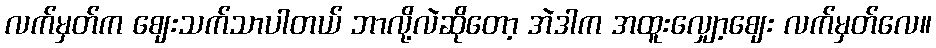
လက်မှတ်က ဈေးသက်သာပါတယ် ဘာလို့လဲဆိုတော့ အဲဒါက အထူးလျှော့ဈေး လက်မှတ်လေ။